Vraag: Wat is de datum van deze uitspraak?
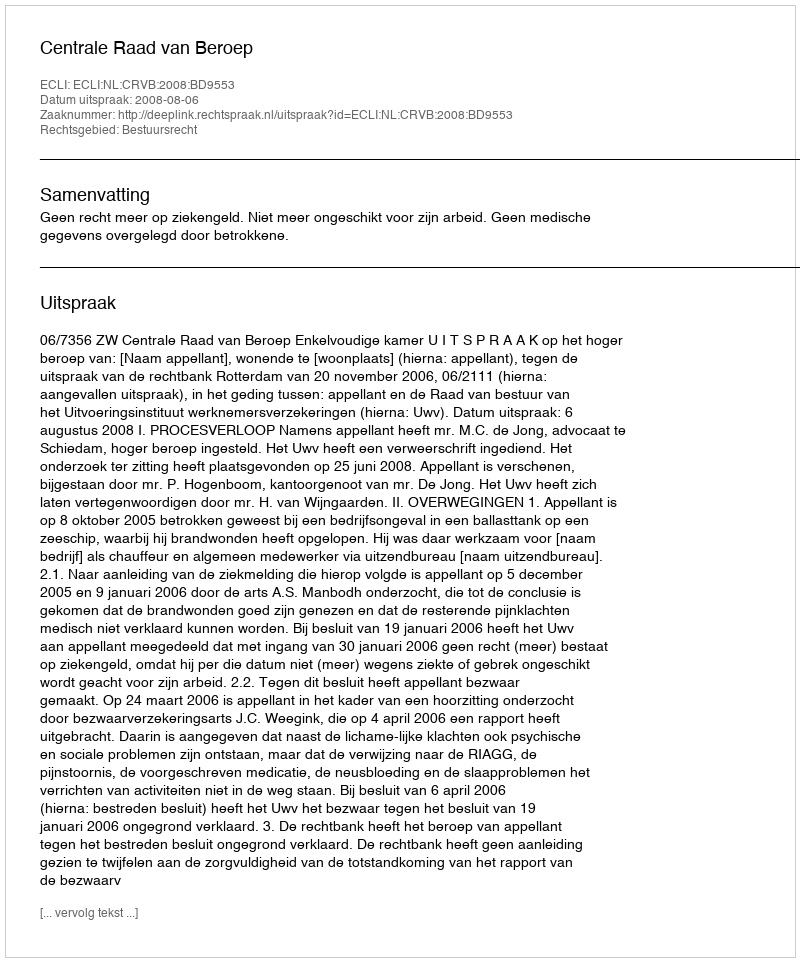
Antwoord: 2008-08-06